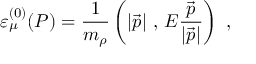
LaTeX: \varepsilon _ { \mu } ^ { ( 0 ) } ( P ) = \frac { 1 } { m _ { \rho } } \left( \left\vert \vec { p } \right\vert \, , \, E \frac { \vec { p } } { \left\vert \vec { p } \right\vert } \right) \ ,